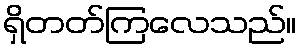
ရှိတတ်ကြလေသည်။